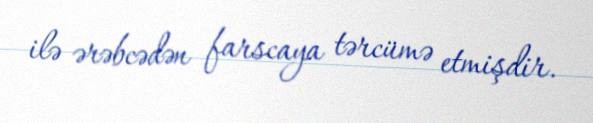
ilə ərəbcədən farscaya tərcümə etmişdir.